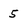
Character: 5